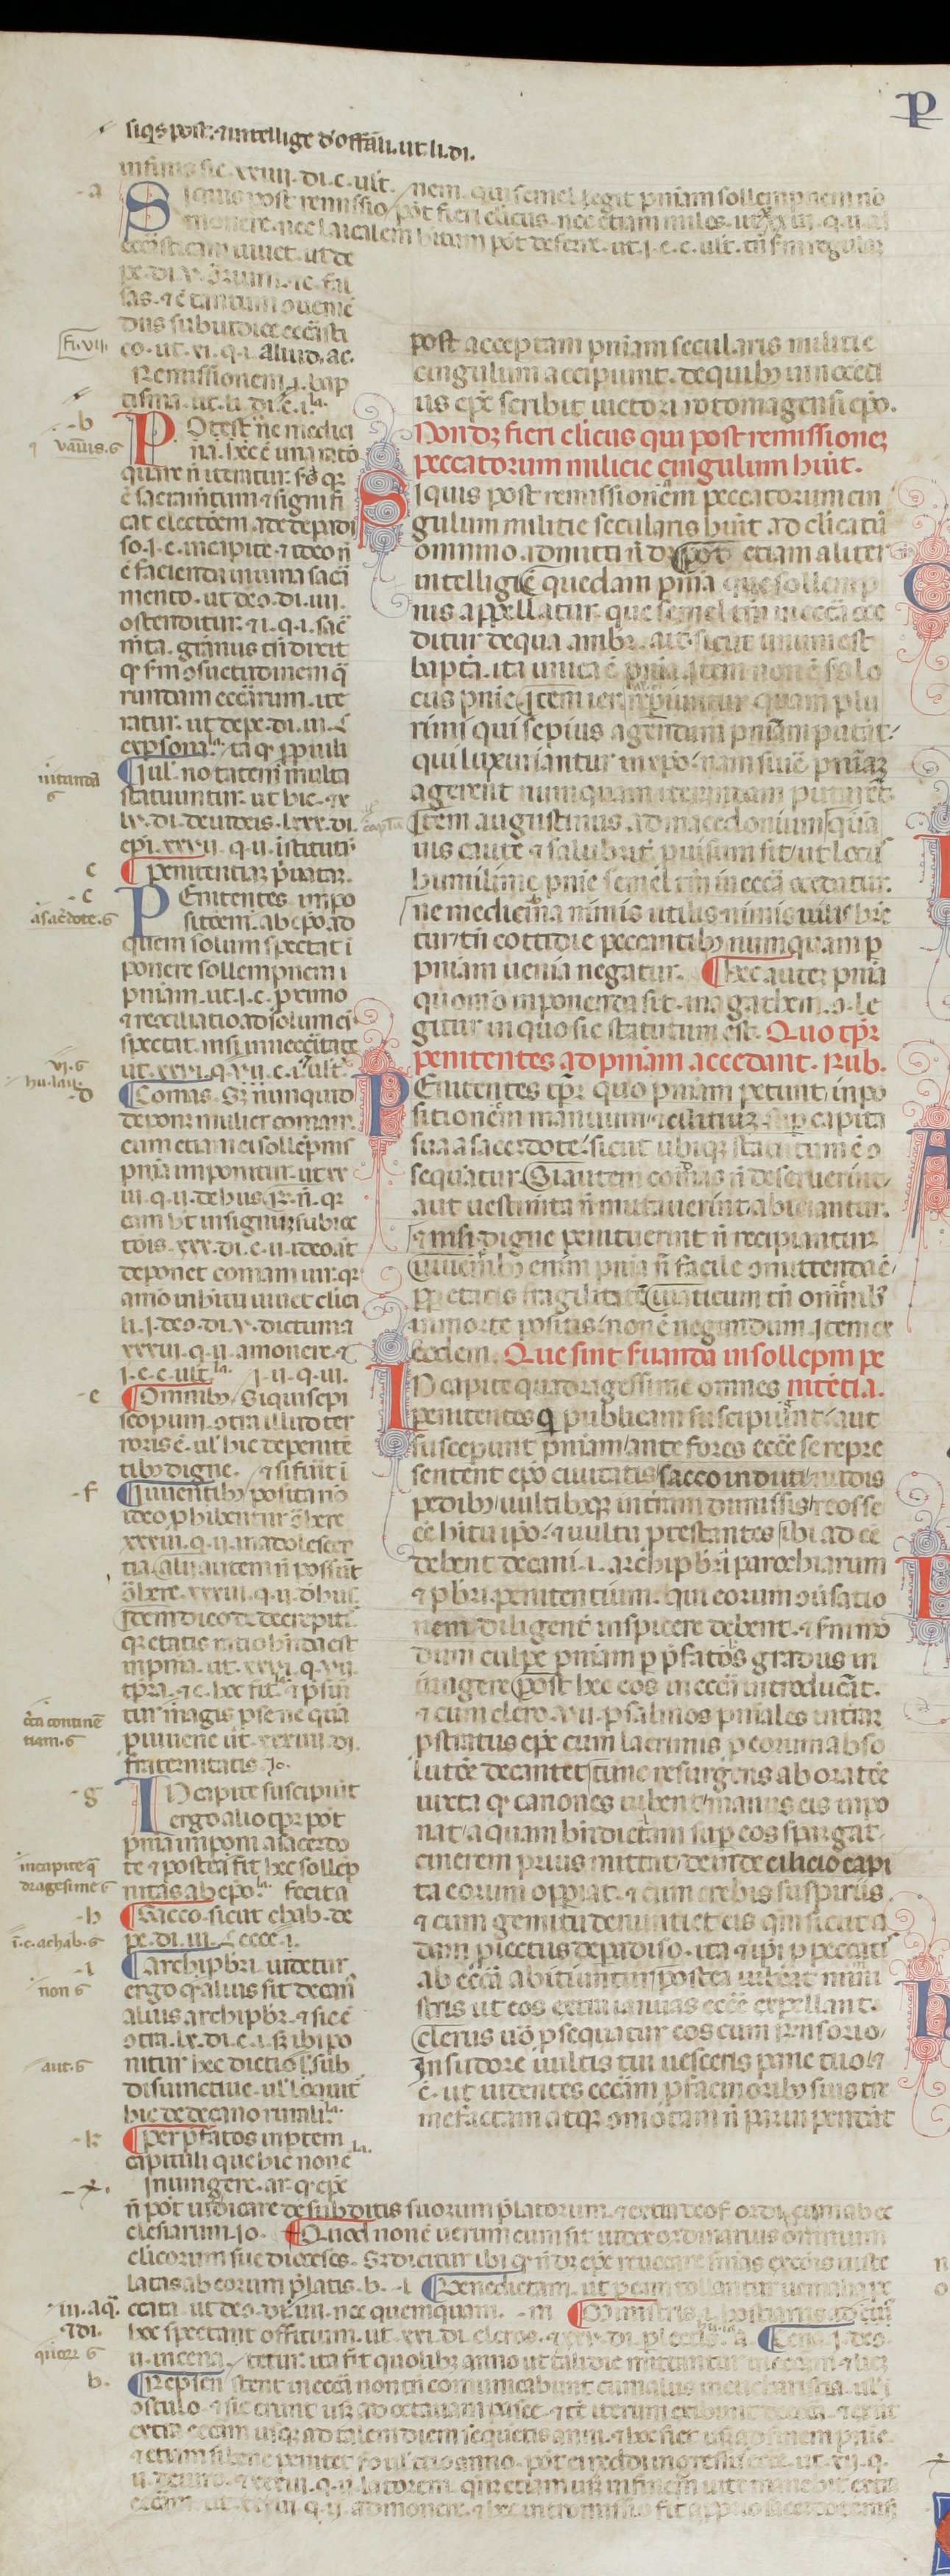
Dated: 1200–1399